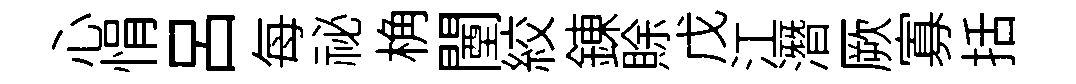
心悁呂每祕桷闉絞錬賖戊江潛厥寡括